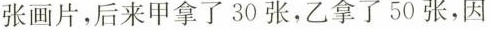
张画片，后来甲拿了30张，乙拿了50张，因